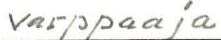
varppaaja